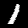
Label: 1